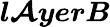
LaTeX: \boldsymbol{l\mathcal{A}yerB}